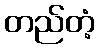
တည်တံ့